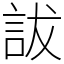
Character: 詙